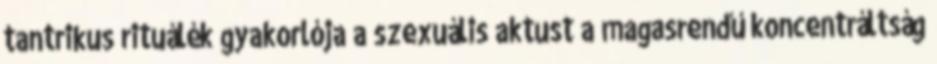
tantrikus rituálék gyakorlója a szexuális aktust a magasrendű koncentráltság